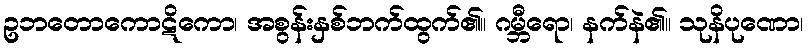
ဥဘတောကောဋိကော၊ အစွန်းနှစ်ဘက်ထွက်၏။ ဂမ္ဘီရော၊ နက်နဲ၏။ သုနိပုဏော၊